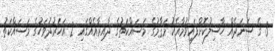
3 ގެ ސަނަދެއް ހާސިލުކޮށްފައިވުމާއެކު މަޤާމުގެ މަސައްކަތުގެ ދާއިރާއެއްގައި 2 އަހަރުދުވަހުގެ މަސައްކަތު